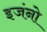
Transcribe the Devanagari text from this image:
इजंनो